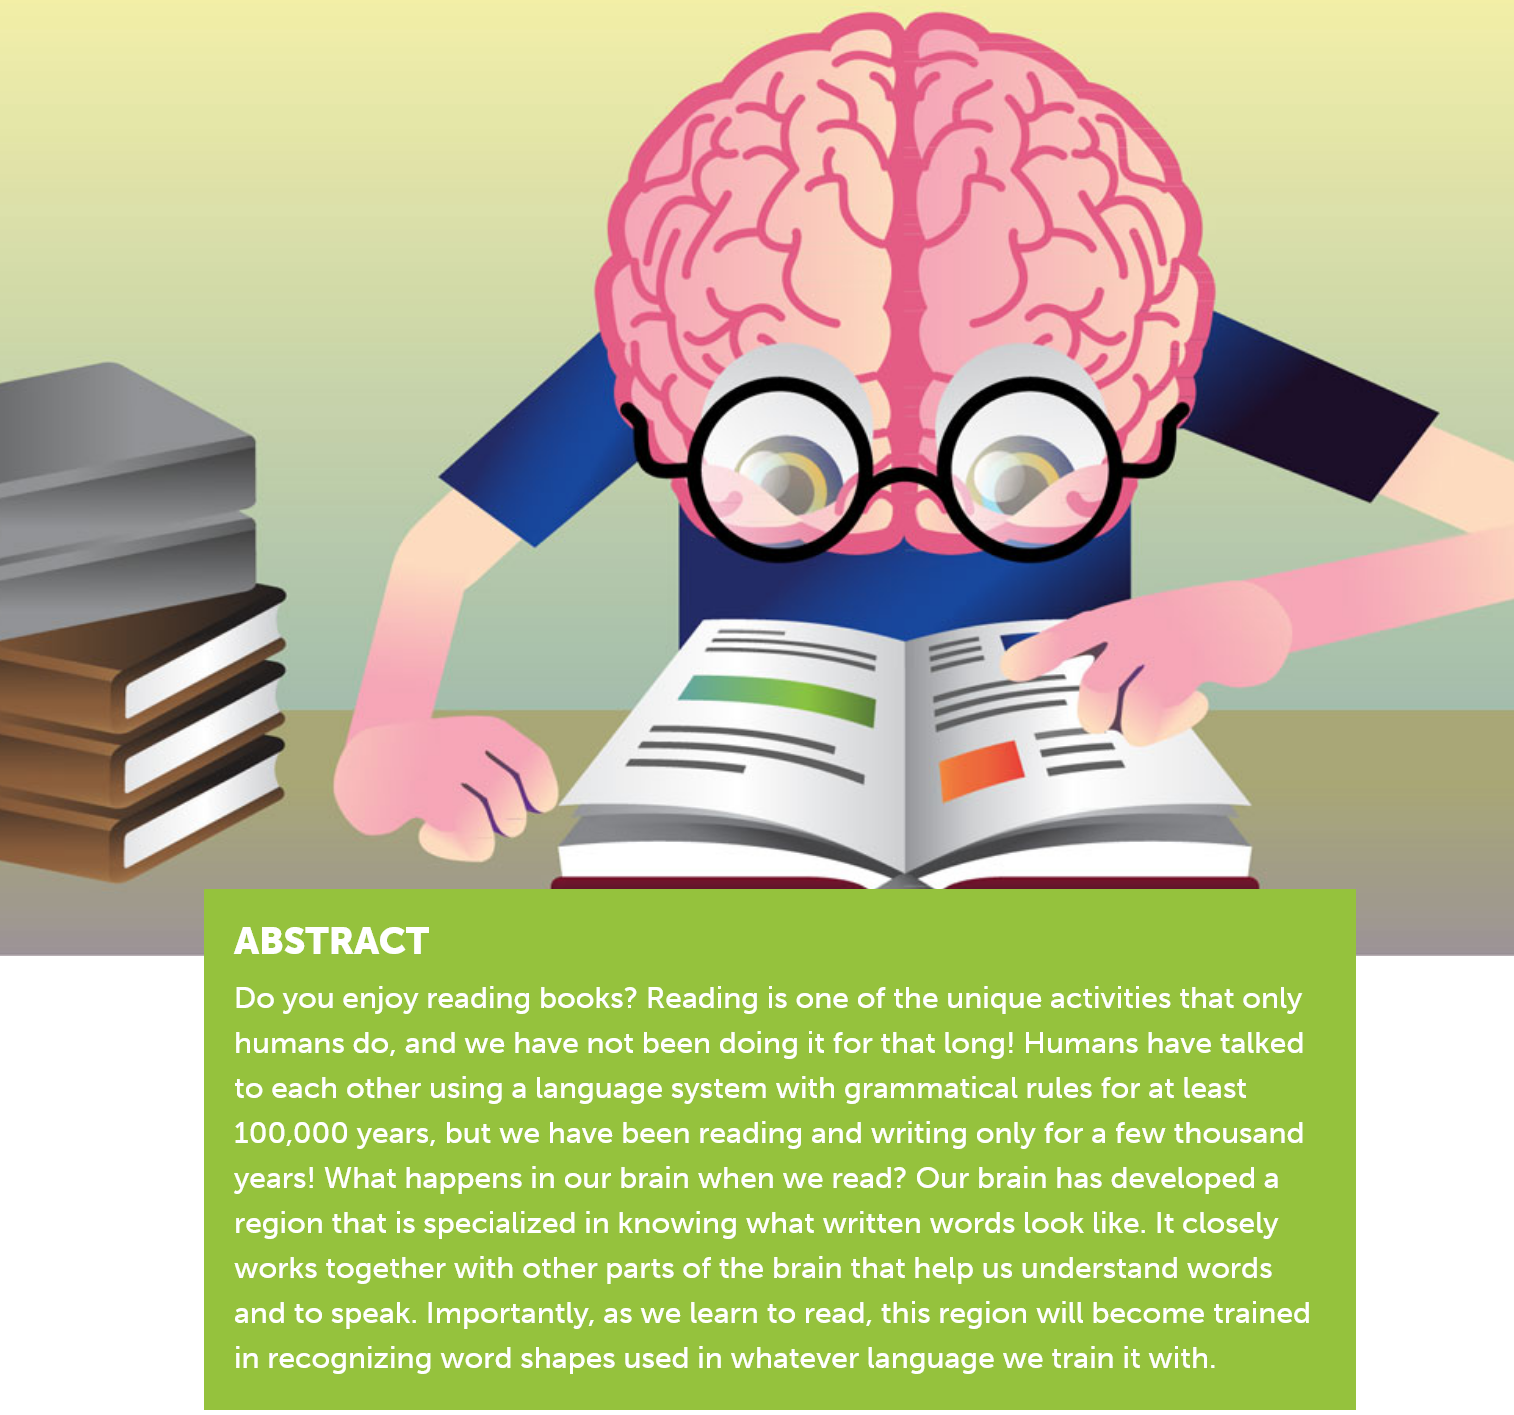
rN -S-a 0 yeas ABSTRACT
     Do you enjoy reading books? Reading is one of the unique activities that only
     humans do, and we have not been doing it for that long! Humans have talked
     to each other using a language system with grammatical rules for at least
     100,000 years, but we have been reading and writing only for a few thousand
     years! What happens in our brain when we read? Our brain has developed a
     region that is specialized in knowing what written words look like. It closely
     works together with other parts of the brain that help us understand words
     and to speak. Importantly, as we learn to read, this region will become trained
     in recognizing word shapes used in whatever language we train it with.